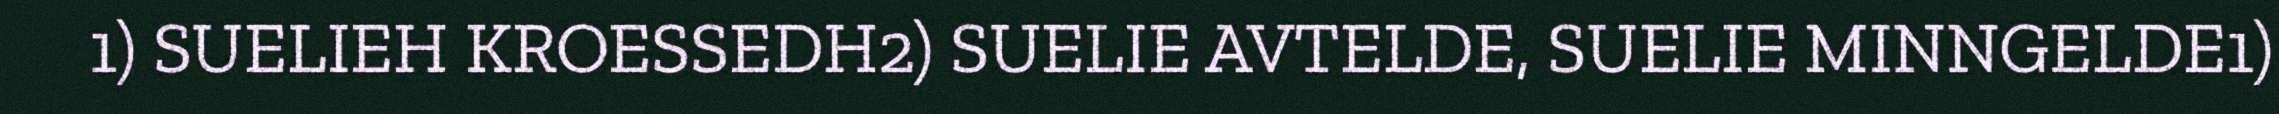
1) SUELIEH KROESSEDH2) SUELIE AVTELDE, SUELIE MINNGELDE1)